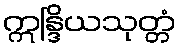
ဣန္ဒြိယသုတ္တံ